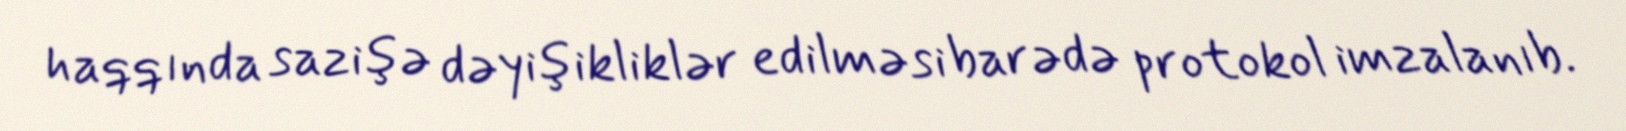
haqqında sazişə dəyişikliklər edilməsi barədə protokol imzalanıb.